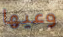
وعيها